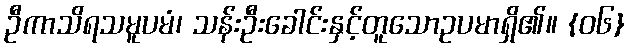
ဦကာသိရသမူပမံ၊ သန်းဦးခေါင်းနှင့်တူသောဥပမာရှိ၏။ {၀၆}